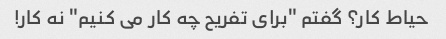
حیاط کار؟ گفتم "برای تفریح ​​چه کار می کنیم" نه کار!